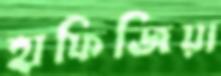
হাফিজিয়া